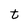
Character: t